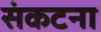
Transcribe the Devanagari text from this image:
संकटना